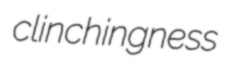
clinchingness